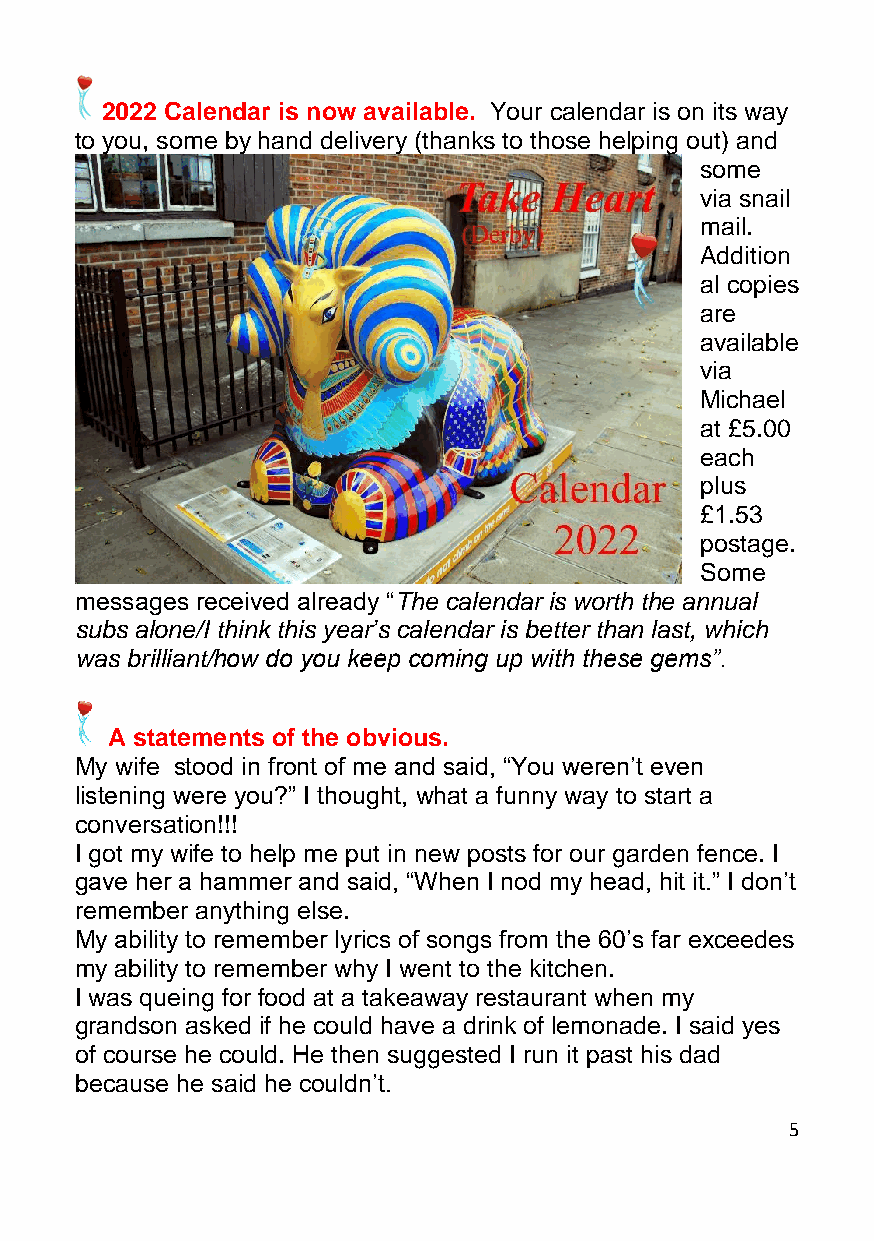
2022 Calendar is now available. Your calendar is on its way
 to you, some by hand delivery (thanks to those helping out) and
 some
 via snail
 mail.
 Addition
 al copies
 are
 available
 via
 Michael
 at £5.00
 each
 plus
 £1.53
 postage.
 Some
 messages received already “The calendar is worth the annual
 subs alone/I think this year’s calendar is better than last, which
 was brilliant/how do you keep coming up with these gems”.
 A statements of the obvious.
 My wife stood in front of me and said, “You weren’t even
 listening were you?” I thought, what a funny way to start a
 conversation!!!
 I got my wife to help me put in new posts for our garden fence. I
 gave her a hammer and said, “When I nod my head, hit it.” I don’t
 remember anything else.
 My ability to remember lyrics of songs from the 60’s far exceedes
 my ability to remember why I went to the kitchen.
 I was queing for food at a takeaway restaurant when my
 grandson asked if he could have a drink of lemonade. I said yes
 of course he could. He then suggested I run it past his dad
 because he said he couldn’t.
 5